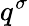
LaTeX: q^{\sigma}